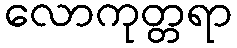
လောကုတ္တရာ